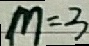
m = 3